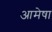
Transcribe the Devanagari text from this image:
आमेषा